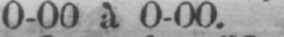
0-00 à 0-00.